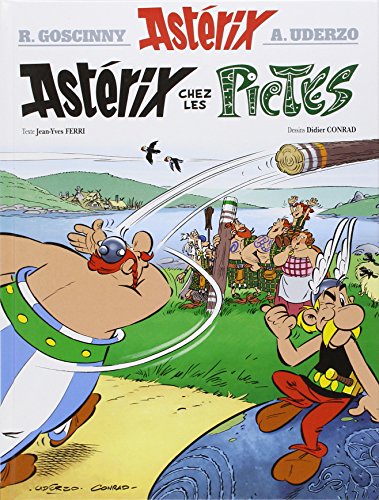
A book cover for AstÃ©rix - AstÃ©rix chez les Pictes - nÂ°35 (Asterix) (French Edition); Rene Goscinny; Comics & Graphic Novels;